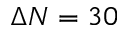
\Delta N = 3 0